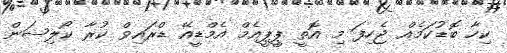
ކިހާ ބޮޑުކަމެއް ޖެހިފަ މި އޮތީ ޕީޕީއެމް އެމްޑީއޭ ޑްރައިވް ކުރާ ކޯލިޝަން